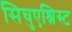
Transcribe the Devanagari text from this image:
सिचुएश्निस्ट